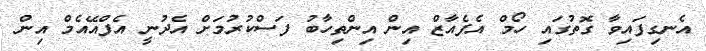
އެނގިފައިވާ ގޮތުގައި ހޯމް އެފެއާޒް އިން އިންތިހާބު ފަސްކުރުމަށް އެދުނީ އެފްއޭއެމް އިން